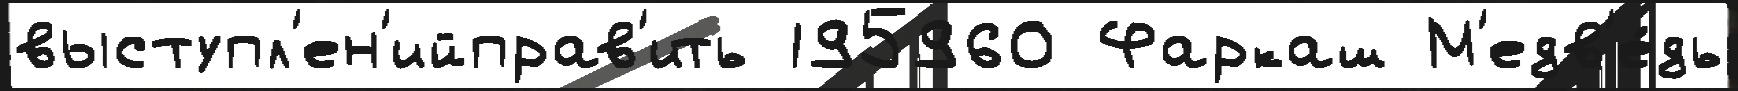
выступл'ен'ийправ'ить 195960 Фаркаш М'едв'е́дь